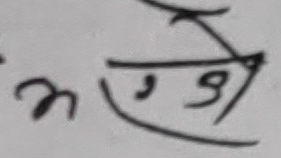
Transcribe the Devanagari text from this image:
अगुमे